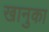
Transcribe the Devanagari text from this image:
खानुका